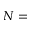
N =